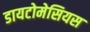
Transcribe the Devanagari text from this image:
डायटोमेसियस